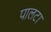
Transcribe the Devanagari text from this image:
पालटा